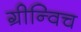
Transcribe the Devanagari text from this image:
ग्रीन्विच